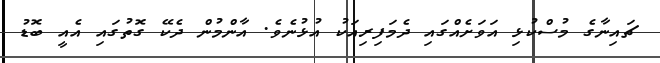
ޗައިނާގެ މުސްކުޅި އަވަށެއްގައި ދެމަފިރިއަކު އުޅުނެވެ. އާންމުން ދެކޭ ގޮތުގައި އެއީ ބޮޑު